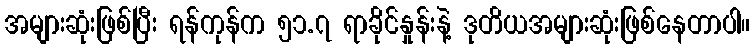
အများဆုံးဖြစ်ပြီး ရန်ကုန်က ၅၁.၇ ရာခိုင်နှုန်းနဲ့ ဒုတိယအများဆုံးဖြစ်နေတာပါ။